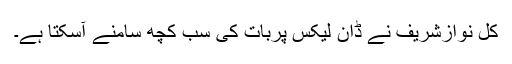
کل نوازشریف نے ڈان لیکس پربات کی سب کچھ سامنے آسکتا ہے۔